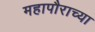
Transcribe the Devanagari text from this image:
महापौराच्या